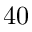
4 0